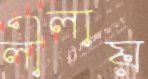
লীলায়